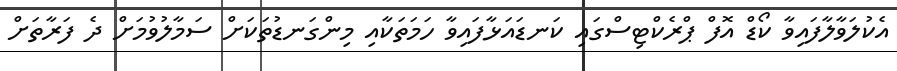
އެކުލަވާލާފައިވާ ކޯޑް އޮފް ޕްރެކްޓިސްގައި ކަނޑައަޅާފައިވާ ހަމަތަކާއި މިންގަނޑުތަކަށް ސަމާލުވުމަށް ދެ ފަރާތަށް